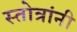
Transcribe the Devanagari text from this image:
स्तोत्रांनी